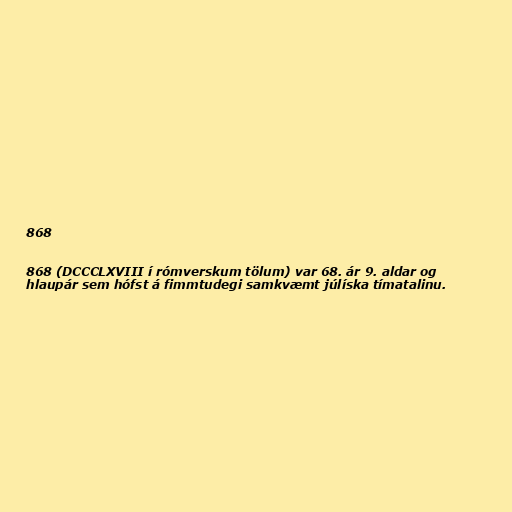
868

868 (DCCCLXVIII í rómverskum tölum) var 68. ár 9. aldar og
hlaupár sem hófst á fimmtudegi samkvæmt júlíska tímatalinu.